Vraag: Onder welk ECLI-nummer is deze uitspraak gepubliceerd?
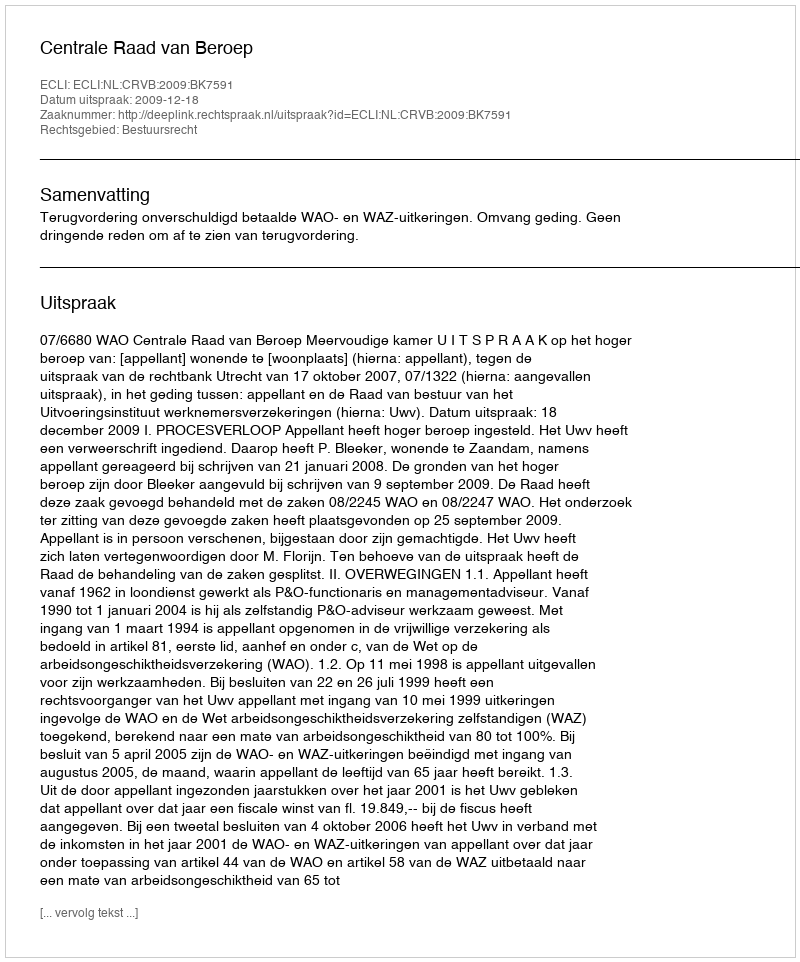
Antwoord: ECLI:NL:CRVB:2009:BK7591